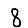
Digit: 8